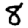
Digit: 8